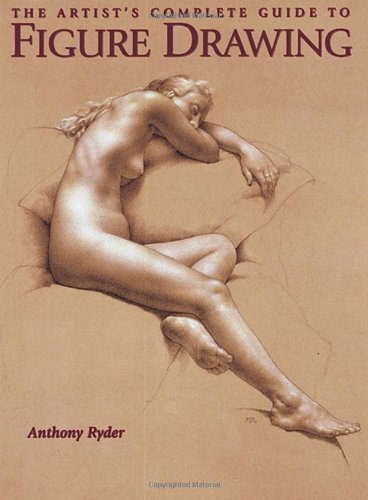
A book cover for The Artist's Complete Guide to Figure Drawing: A Contemporary Perspective On the Classical Tradition; Anthony Ryder; Arts & Photography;